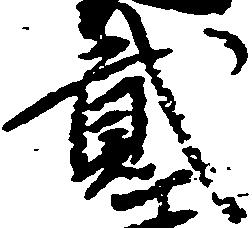
弐